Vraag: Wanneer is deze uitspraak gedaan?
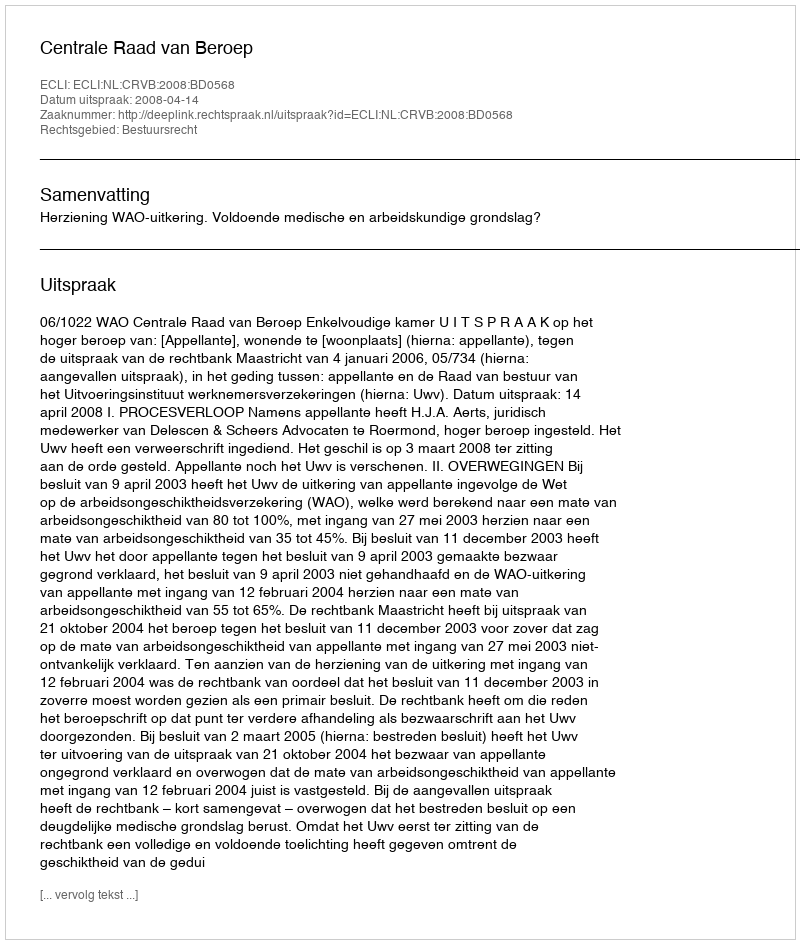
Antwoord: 2008-04-14